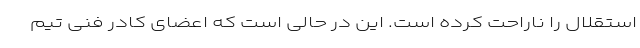
استقلال را ناراحت کرده است. این در حالی است که اعضای کادر فنی تیم